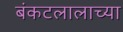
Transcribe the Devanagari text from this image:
बंकटलालाच्या